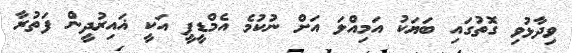
ވިދާޅުވި ގޮތުގައި ބަޔަކު އަމިއްލަ އަށް ނުކުމެ އެމްޑީޕީ އަކީ ޣައިރުދީން ފަތުރާ